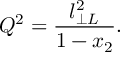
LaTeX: Q ^ { 2 } = \frac { l _ { \perp L } ^ { 2 } } { 1 - x _ { 2 } } .